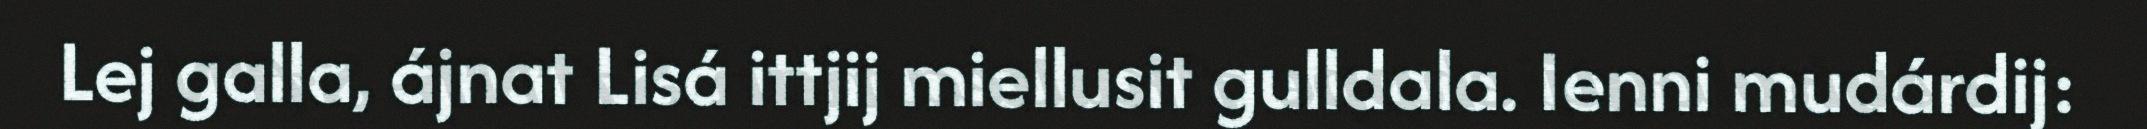
Lej galla, ájnat Lisá ittjij miellusit gulldala. Ienni mudárdij: